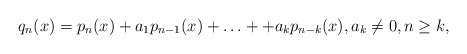
\begin{align*}q_n(x)=p_n(x)+a_1p_{n-1}(x)+\ldots++a_kp_{n-k}(x), a_k \neq 0, n \geq k,\end{align*}